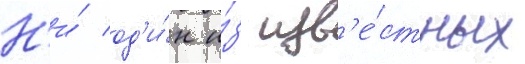
Н'и́ од'и́н и́з изв'е́стных